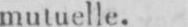
mutuelle.